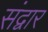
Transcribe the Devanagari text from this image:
संद्वार